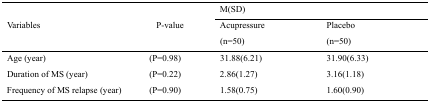
| <ROWSPAN=3> Variables | <ROWSPAN=3> P-value | <COLSPAN=2> M(SD) |
 | Acupressure (n=50) | Placebo (n=50) |
 | --- | --- | --- | --- |
 | Age (year) | (P=0.98) | 31.88(6.21) | 31.90(6.33) |
 | Duration of MS (year) | (P=0.22) | 2.86(1.27) | 3.16(1.18) |
 | Frequency of MS relapse (year) | (P=0.90) | 1.58(0.75) | 1.60(0.90) |